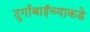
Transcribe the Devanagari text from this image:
दुर्गाबाईंच्याकडे